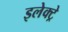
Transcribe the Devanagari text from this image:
इलेक्ट्रे